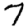
Digit: 7